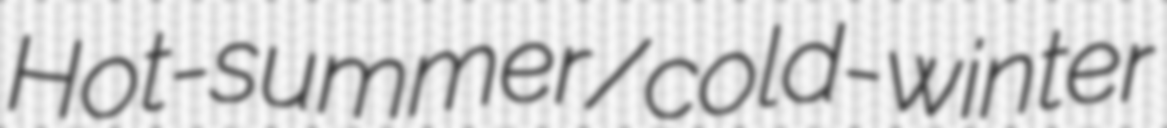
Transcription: Hot-summer/cold-winter